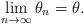
LaTeX: \begin{align*}\lim_{n\rightarrow\infty}\theta_n = \theta.\end{align*}